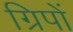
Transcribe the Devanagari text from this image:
ग्रिपों